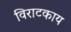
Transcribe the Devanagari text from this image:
विराटकाय